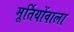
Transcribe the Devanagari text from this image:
मूर्तियोंवाला